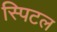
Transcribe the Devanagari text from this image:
स्पिटल